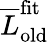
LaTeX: \overline{{L}}_{\mathrm{old}}^{\mathrm{fit}}